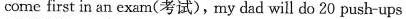
come first in an exam(考试)，my dadwill do 20 push-ups